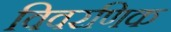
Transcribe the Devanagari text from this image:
विवरणिक